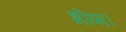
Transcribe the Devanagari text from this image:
भीष्म।